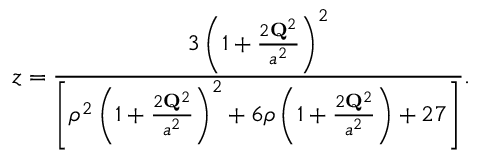
z = \frac { 3 \left( 1 + \frac { 2 { \bf Q } ^ { 2 } } { a ^ { 2 } } \right) ^ { 2 } } { \left[ \rho ^ { 2 } \left( 1 + \frac { 2 { \bf Q } ^ { 2 } } { a ^ { 2 } } \right) ^ { 2 } + 6 \rho \left( 1 + \frac { 2 { \bf Q } ^ { 2 } } { a ^ { 2 } } \right) + 2 7 \right] } .